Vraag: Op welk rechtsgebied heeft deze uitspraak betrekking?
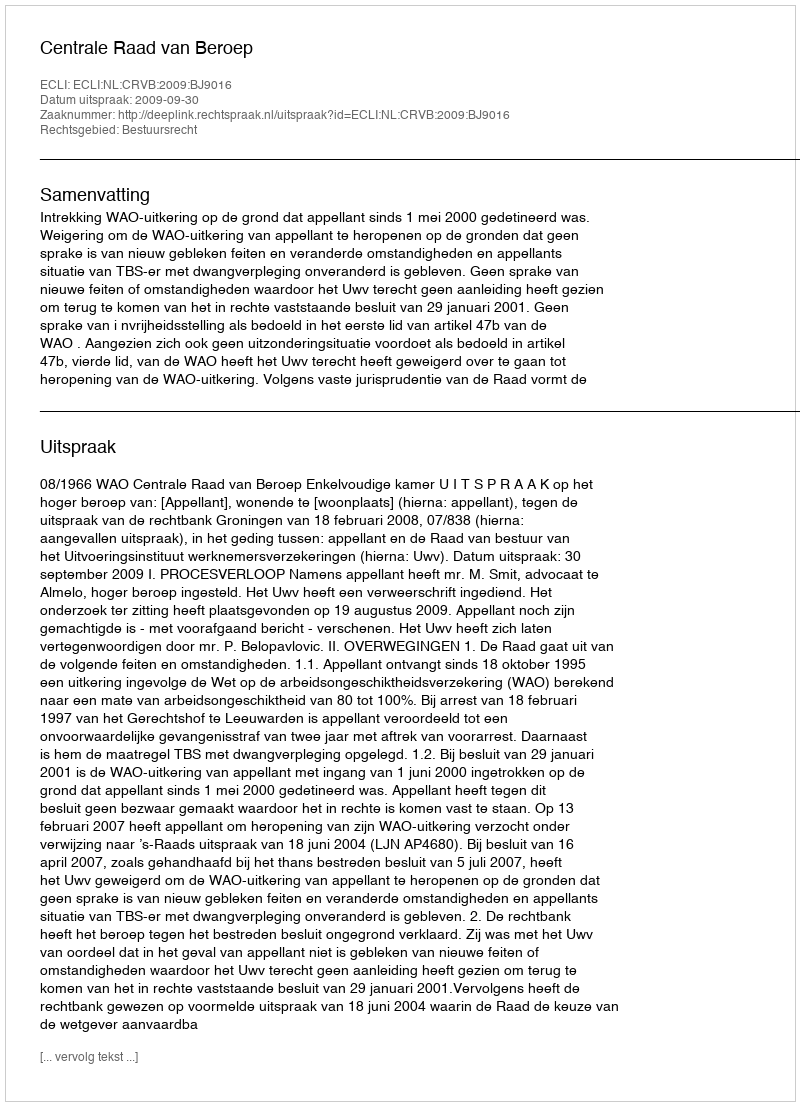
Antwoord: Bestuursrecht